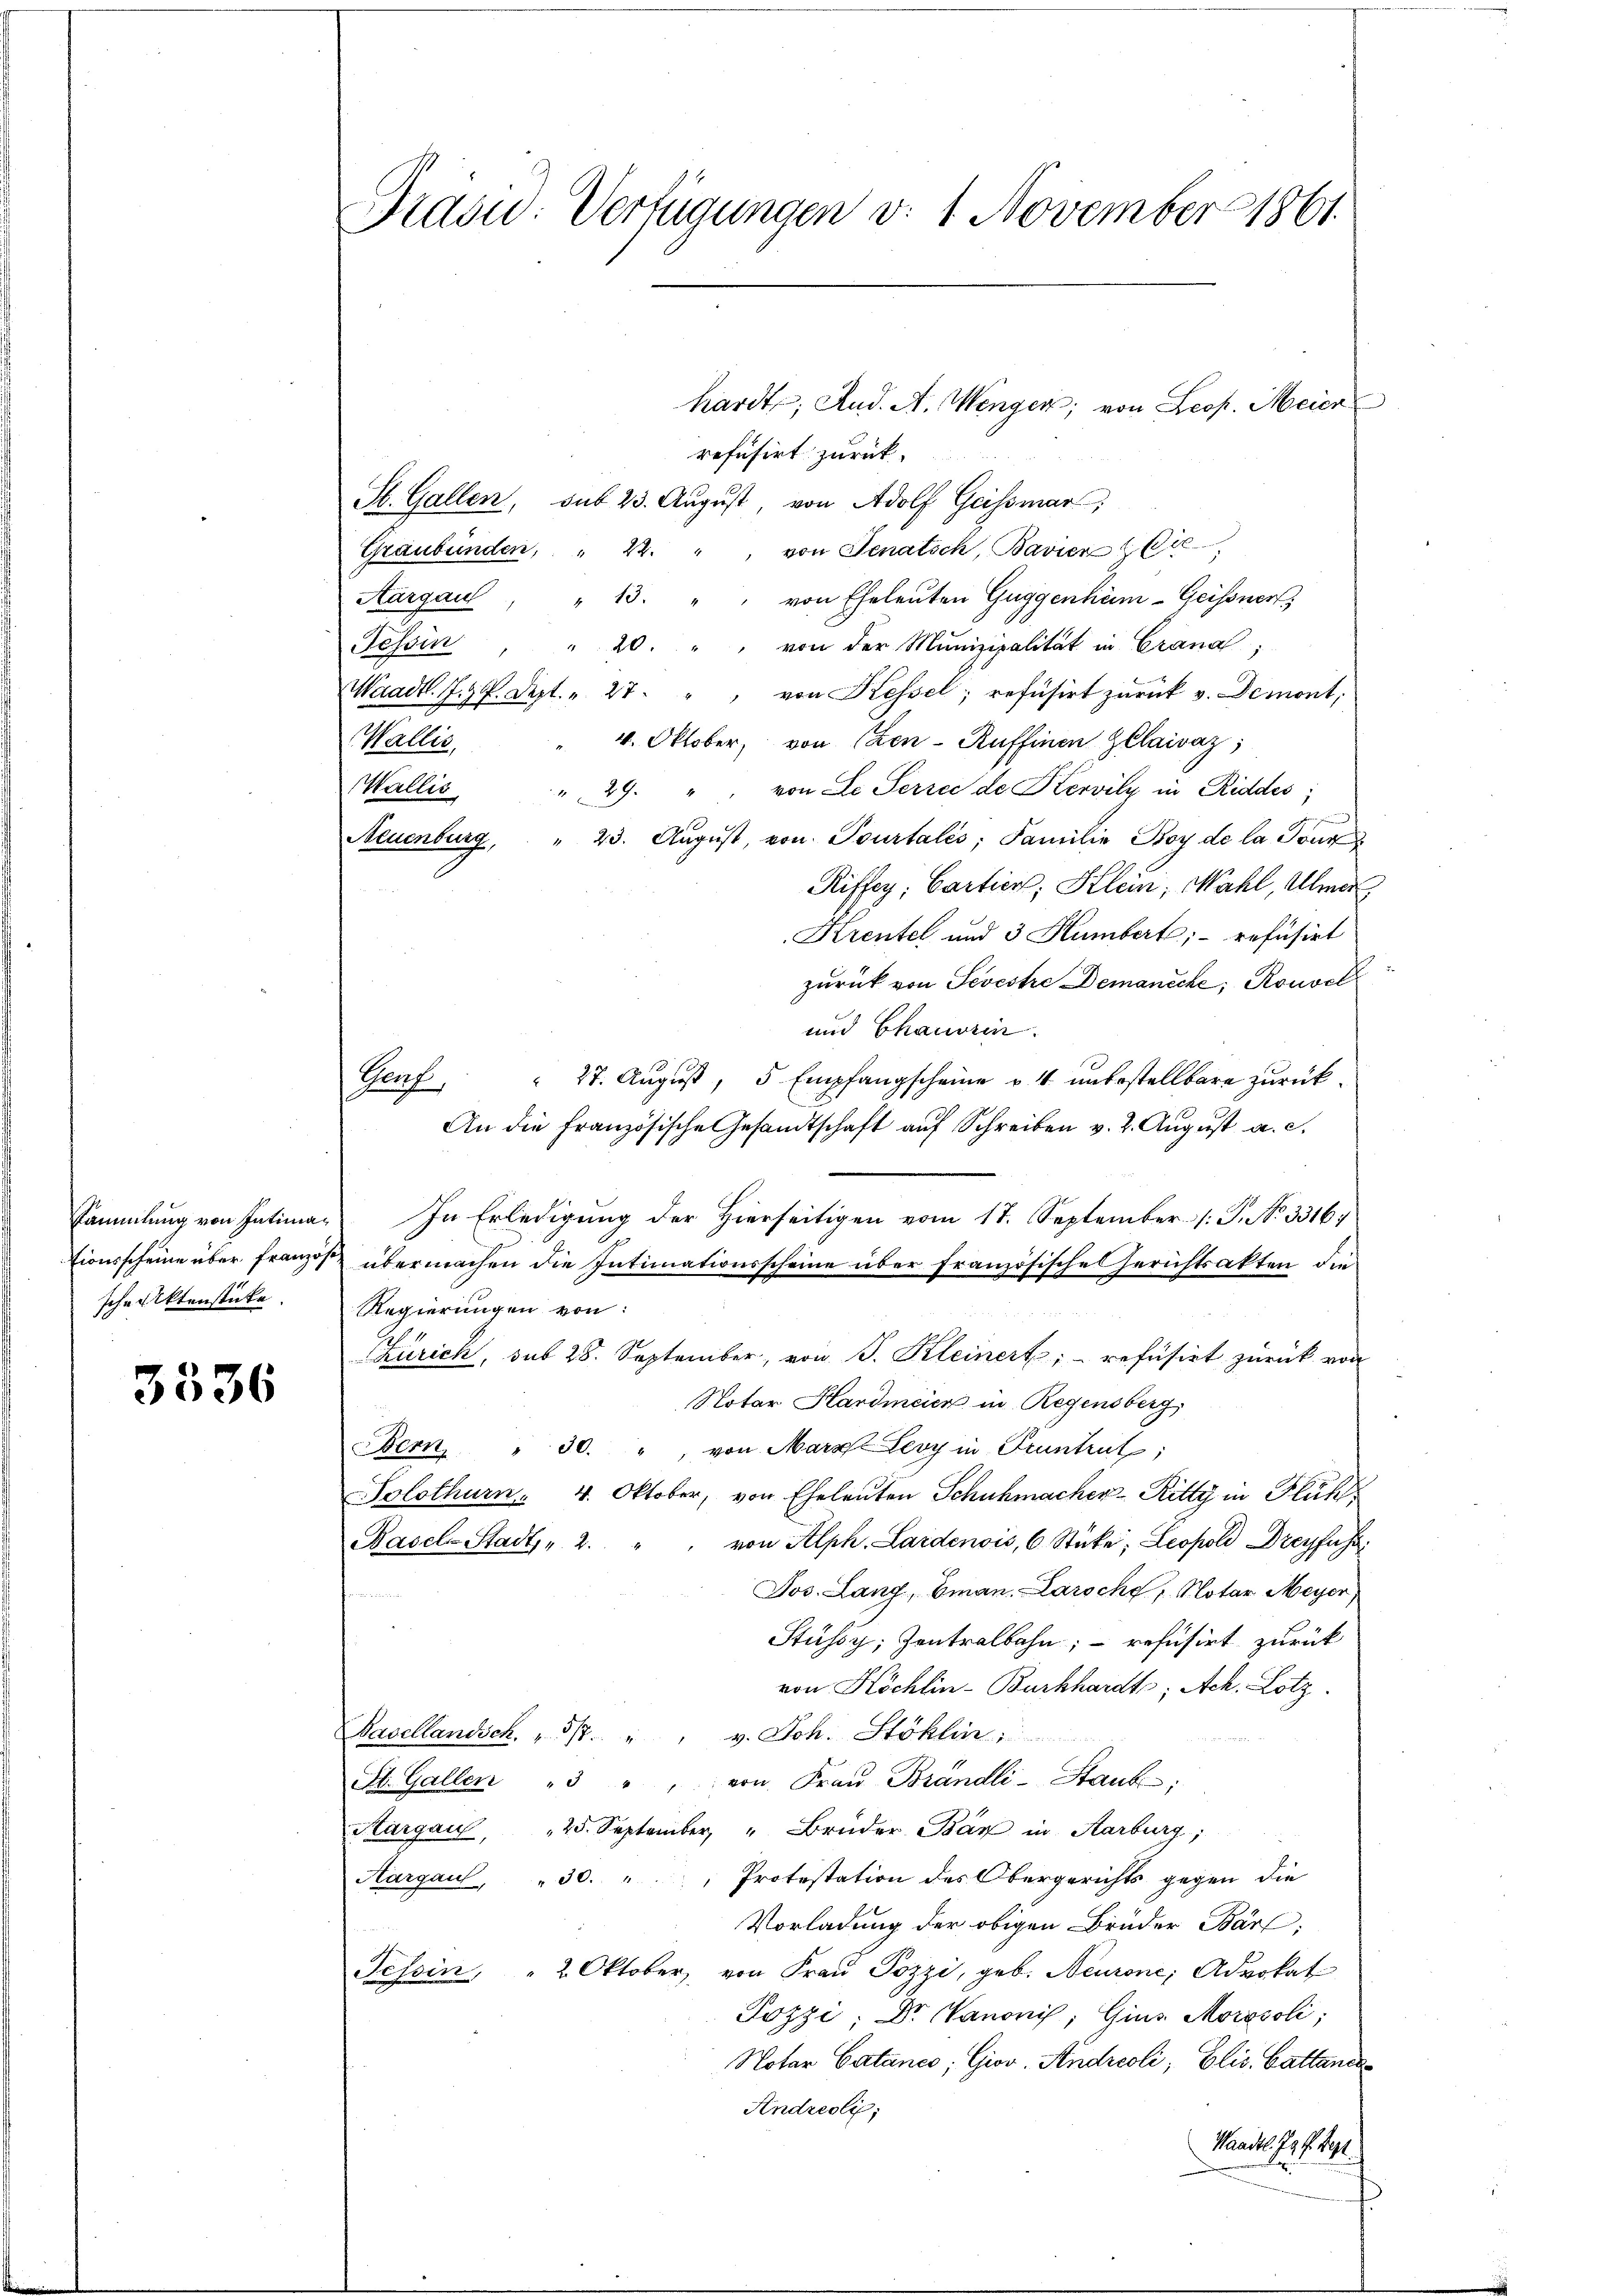
tionsscheine über französ
schenktenstücke.

3536

Präsid. Verfügungen v. 1. November 1861.

refusirt zurück.
.
St. Gallen, sub 23. August, von Adolf Geissmar,
Graubünden, " 22. " von Senatich, Bavier die
Aargau, " 13. " " von Eheleŭten Guggenhäm-Geissner,
Tessin " 20. " " von der Munizipalität in Crana;
Waadt. J. P. Dept. " 27. " " von Kessel, refüsirt zŭrück v. Demont,
Wallis, " 4. Oktober, von Czen-Ruffinen Zelaivaz;
Wallis, " 29. " " von Le Serice de Kervily in Riddes;
Neuenburg, " 23. Aŭgŭst, von Tourtalés; Familie Boy de la Pont
Riffey; Cartier, Klein, Mahl, Ulmer
Krentel und 3 Humbert, refüsirt
zurück von Sevestre Demanche; Rouvel
und Chauerin.
 27. August, 5 Empfangscheine v. 4. unbestellbare zurück¬
Prof.
An die französische Gesandtschaft aŭf Schreiben v. 2. Aŭgŭst a. c.
Sammlung von Intima. In Erledigung der Hierseitigen vom 17. September (: J. No. 33167
& übermachen die Intimationsscheine über französische Gerichtsakten die
Regierungen von:
Zürich, sub 28. September, von J. Kleinert, refüsirt zurück von
Notar Hardmeier in Regensberg
Bern, " 50. ", von Marx Levy in Pruntrut
Solothurn . 4. Oktober, von Eheleuten Schuhmacher-Kitty in Flüch
Basel-Stadt, " 2. " " von Alph. Lardenois, 6 Stüke; Leopold Dreyfuss
Jos. Lang, Eman. Laroche Notar Meyer,
Stüssy; Zentralbahn; – refusirt zurück
von Köchlin-Burkhardts; Ach. Lotz
Basellandsch, u. 517. v. Joh. Stoklin
St. Galler " " " von Fraŭ Brandli-Staub,
Kargau, 25. September " Brüder Bär in Aarburg,
Aargaul, " 30. " " Protestation des Obergerichts gegen die
Vorladung der obigen Brüder Bärl:
Tessin " 2 Oktober von Fraŭ Pozzi, geb. Neurone, Advokat
Pozzi, Dr. Kanonis, Gius Morosoli;
Notar Catanes; Giov. Andreoli, Elis. Cattande
Andreoli;
Waadt. Js. f. Sept.

hardt, And. A. Wengen; von Leop. Meier